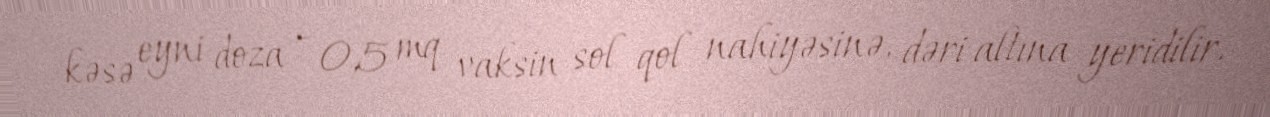
kəsə eyni doza - 0,5 mq vaksin sol qol nahiyəsinə, dəri altına yeridilir.